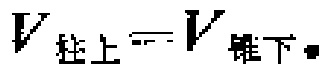
$V_{柱上}=V_{锥下}$